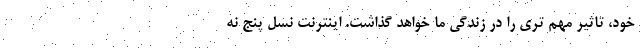
خود، تاثیر مهم تری را در زندگی ما خواهد گذاشت. اینترنت نسل پنج نه